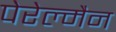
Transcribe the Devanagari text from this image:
पेरेल्मैन